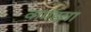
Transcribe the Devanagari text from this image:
वायडचा